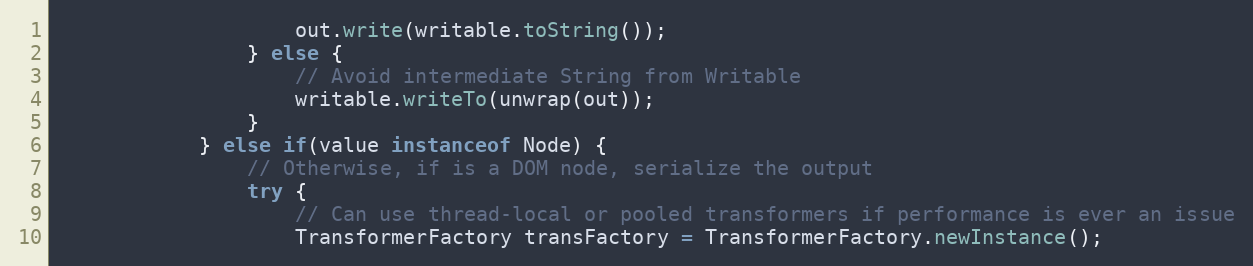
Language: Java
					out.write(writable.toString());
				} else {
					// Avoid intermediate String from Writable
					writable.writeTo(unwrap(out));
				}
			} else if(value instanceof Node) {
				// Otherwise, if is a DOM node, serialize the output
				try {
					// Can use thread-local or pooled transformers if performance is ever an issue
					TransformerFactory transFactory = TransformerFactory.newInstance();